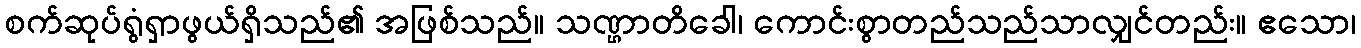
စက်ဆုပ်ရွံရှာဖွယ်ရှိသည်၏ အဖြစ်သည်။ သဏ္ဌာတိခေါ၊ ကောင်းစွာတည်သည်သာလျှင်တည်း။ ဧသော၊